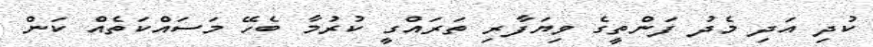
ކުދި އަދި މެދު ފަންތީގެ ވިޔަފާރި ތަރައްގީ ކުރުމާ ބެހޭ މަސައްކަތެއް ކަން